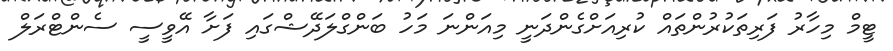
ޓީމް މިހާރު ފަރިތަކުރުންތައް ކުރިއަށްގެންދަނީ މިއަންނަ މަހު ބަންގްލަދޭޝްގައި ފަށާ އޭވީސީ ސެންޓްރަލް